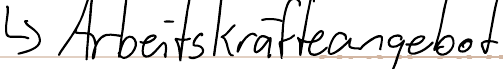
-> Arbeitskräfteangebot